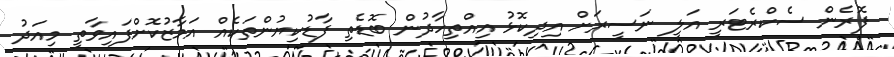
ފޮރެން ސެކްރެޓަރީ އަލީ ނަސީރަށް އިދިކޮޅު އިއްތިހާދުން ބޮޑެތި ފާޑުކިޔުންތަކެއް އަމާޒުކޮށްފައިވާތީ މިއަދު